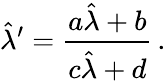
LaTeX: \hat{\lambda}^{\prime}=\frac{a\hat{\lambda}+b}{c\hat{\lambda}+d}\, .